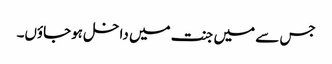
جس سے میں جنت میں داخل ہوجاؤں۔